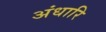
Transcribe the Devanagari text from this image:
अंधारि